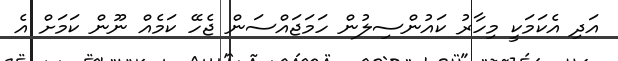
އަދި އެކަމަކީ މިހާރު ކައުންސިލުން ހަމަޖައްސަން ޖެހޭ ކަމެއް ނޫން ކަމަށް އެ